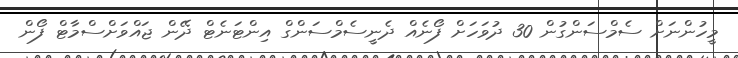
މީހުންނަށް ސެމްސަންގުން 30 ދުވަހަށް ފޯނެއް ދެނީސެމްސަންގް އިންޓަނެޓް ދޭން ޖައްވަށްސްމާޓް ފޯން